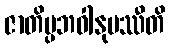
ဇာတိပ္ပဘဝါနုပဿီတိ